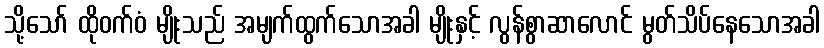
သို့သော် ထိုဝက်ဝံ မျိုးသည် အမျက်ထွက်သောအခါ မျိုးနှင့် လွန်စွာဆာလောင် မွတ်သိပ်နေသောအခါ